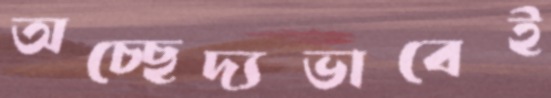
অচ্ছেদ্যভাবেই